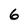
Character: 6